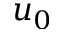
u _ { 0 }